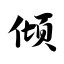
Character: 倾